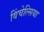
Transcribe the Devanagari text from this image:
विंचेल्सिया